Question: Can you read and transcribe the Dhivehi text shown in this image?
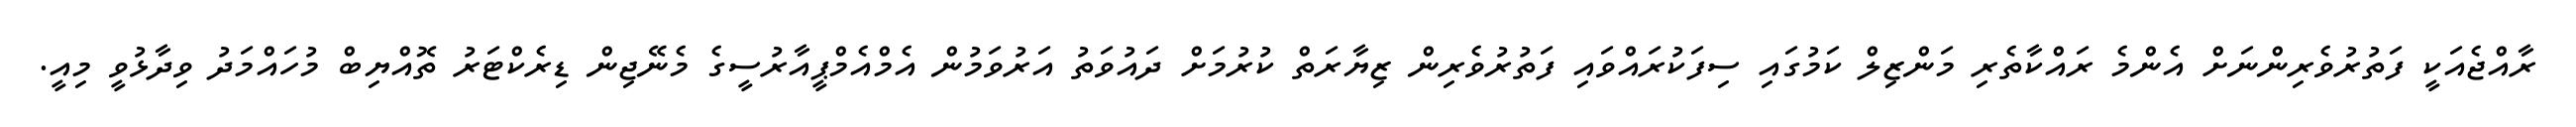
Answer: ރާއްޖެއަކީ ފަތުރުވެރިންނަށް އެންމެ ރައްކާތެރި މަންޒިލް ކަމުގައި ސިފަކުރައްވައި ފަތުރުވެރިން ޒިޔާރަތް ކުރުމަށް ދައުވަތު އަރުވަމުން އެމްއެމްޕީއާރުސީގެ މެނޭޖިން ޑިރެކްޓަރު ތޮއްޔިބް މުހައްމަދު ވިދާޅުވީ މިއީ.